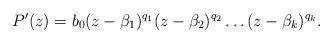
LaTeX: \begin{align*}P'(z)=b_{0}(z-\beta_{1})^{q_1}(z-\beta_{2})^{q_2}\ldots(z-\beta_{k})^{q_{k}}. \end{align*}